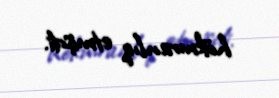
hökmranlıq etmişdi.